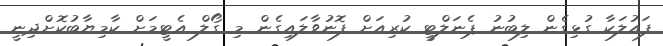
ފައުލަކާ ގުޅިގެން ލިބުނު ޕެނަލްޓީ ކުރިއަށް ފޮނުވާލައިގެން މި ގޯލް އެޓީމަށް ކާމިޔާބުކޮށްދިނީ